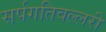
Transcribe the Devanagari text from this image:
सर्पगतिवल्लरी